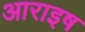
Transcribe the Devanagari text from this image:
आराइष